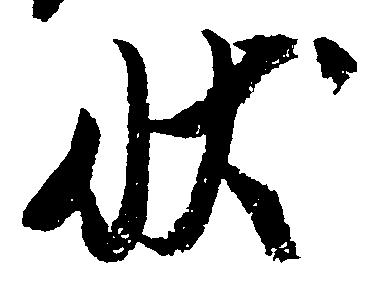
状